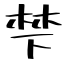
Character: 梺